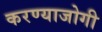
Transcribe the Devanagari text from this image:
करण्‍याजोगी